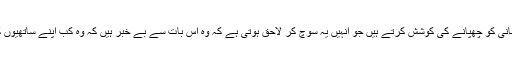
ڈینیل اپنی اس پریشانی کو چھپانے کی کوشش کرتے ہیں جو انہیں یہ سوچ کر لاحق ہوتی ہے کہ وہ اس بات سے بے خبر ہیں کہ وہ کب اپنے ساتھیوں کو دیکھ سکیں گے۔